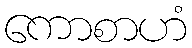
ကောစာဟံ